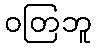
ဝတြဘူ